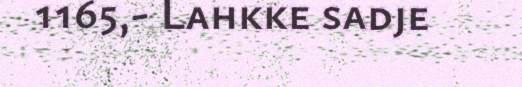
1165,- Lahkke sadje